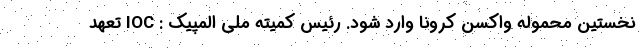
نخستین محموله واکسن کرونا وارد شود. رئیس کمیته ملی المپیک : IOC تعهد